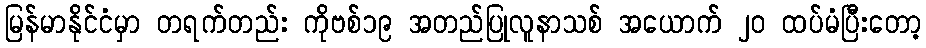
မြန်မာနိုင်ငံမှာ တရက်တည်း ကိုဗစ်၁၉ အတည်ပြုလူနာသစ် အယောက် ၂၀ ထပ်မံပြီးတော့